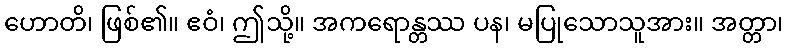
ဟောတိ၊ ဖြစ်၏။ ဧဝံ၊ ဤသို့။ အကရောန္တဿ ပန၊ မပြုသောသူအား။ အတ္တာ၊